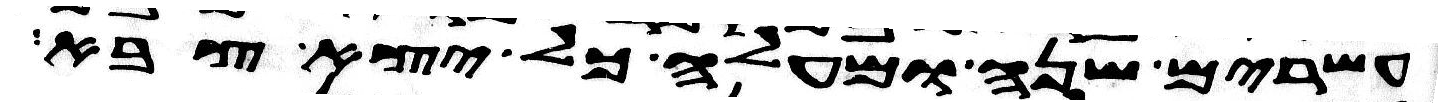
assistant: עשרים שנה ומעלה כל יצא צבא